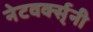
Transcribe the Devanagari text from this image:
नेटवर्क्स्‌नी